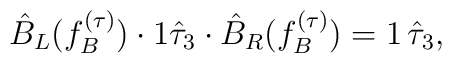
\hat{B}_L (f_B^{(\tau)}) \cdot 1 \hat{\tau}_3 \cdot \hat{B}_R (f_B^{(\tau)}) = 1 \, \hat{\tau}_3 ,